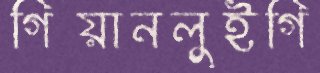
গিয়ানলুইগি